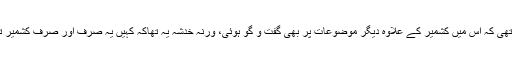
اس خطاب کی اچھی بات یہ تھی کہ اس میں کشمیر کے علاوہ دیگر موضوعات پر بھی گفت و گو ہوئی، ورنہ خدشہ یہ تھاکہ کہیں یہ صرف اور صرف کشمیر تک محدود ہوکر نہ رہ جائے۔